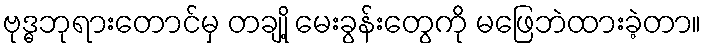
ဗုဒ္ဓဘုရားတောင်မှ တချို့ မေးခွန်းတွေကို မဖြေဘဲထားခဲ့တာ။